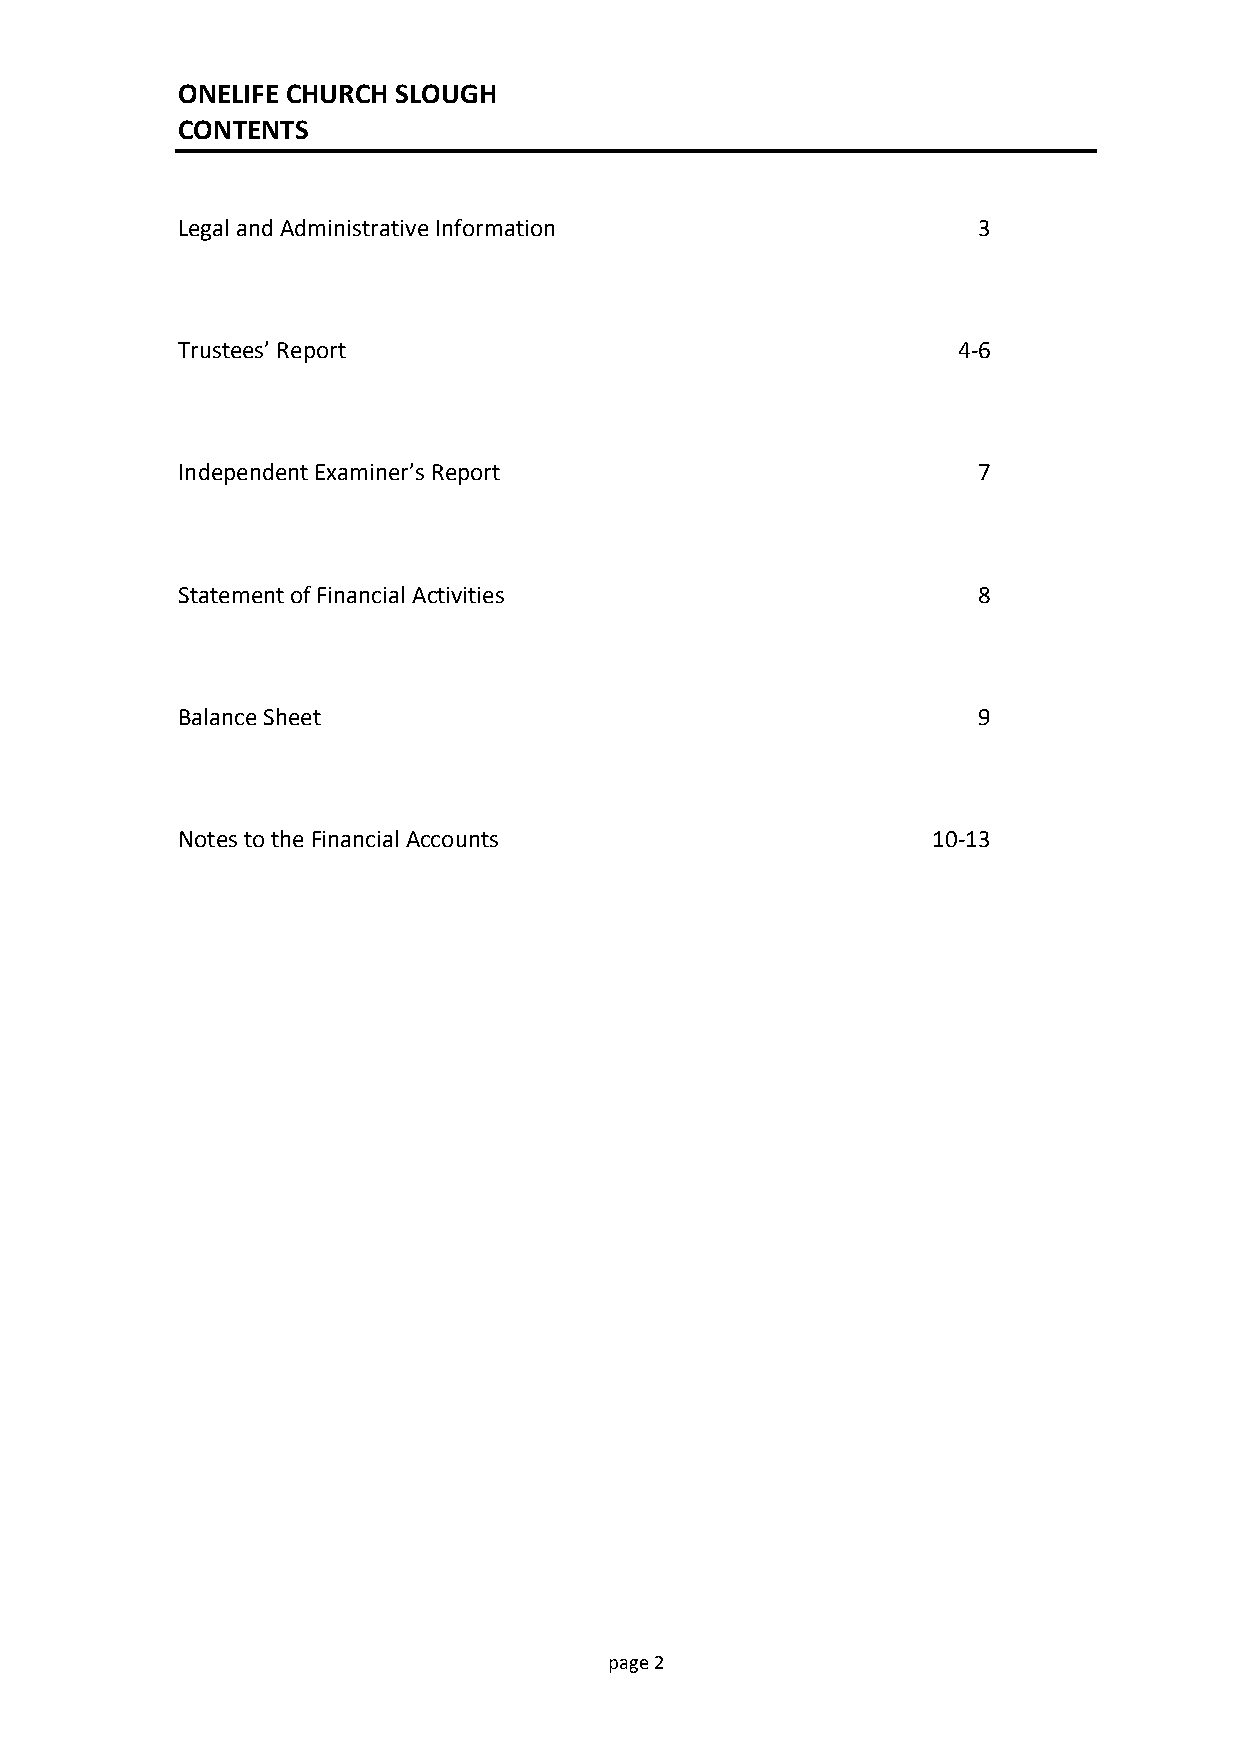
ONELIFE CHURCH SLOUGH
 CONTENTS
 Legal and Administrative Information                 3
 Trustees’ Report                                   4-6
 Independent Examiner’s Report                        7
 Statement of Financial Activities                    8
 Balance Sheet                                        9
 Notes to the Financial Accounts                   10-13
 pag e 2